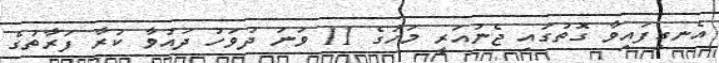
އެނގިފައިވާ ގޮތުގައި ޖެނުއަރީ މަހުގެ 11 ވަނަ ދުވަހު ދައުވާ ކުރާ ފަރާތުގެ